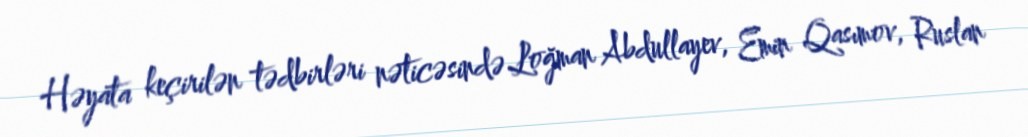
Həyata keçirilən tədbirləri nəticəsində Loğman Abdullayev, Emin Qasımov, Ruslan